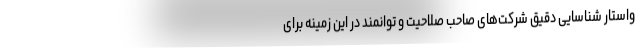
واستار شناسایی دقیق شرکت‌های صاحب صلاحیت و توانمند در این زمینه برای